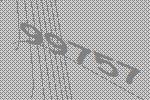
99757